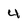
Character: 4